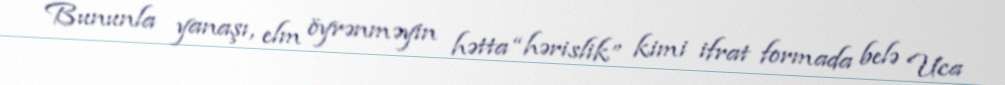
Bununla yanaşı, elm öyrənməyin hətta “hərislik” kimi ifrat formada belə Uca